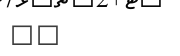
١٩